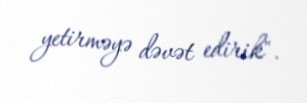
yetirməyə dəvət edirik".